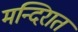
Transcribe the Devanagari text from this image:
मन्दिरात